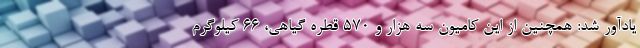
یادآور شد: همچنین از این کامیون سه هزار و ۵۷۰ قطره گیاهی، ۶۶ کیلوگرم